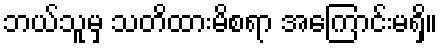
ဘယ်သူမှ သတိထားမိစရာ အကြောင်းမရှိ။